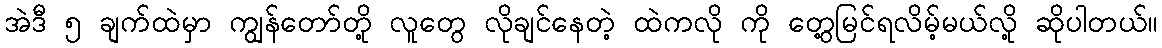
အဲဒီ ၅ ချက်ထဲမှာ ကျွန်တော်တို့ လူတွေ လိုချင်နေတဲ့ ထဲကလို ကို တွေ့မြင်ရလိမ့်မယ်လို့ ဆိုပါတယ်။